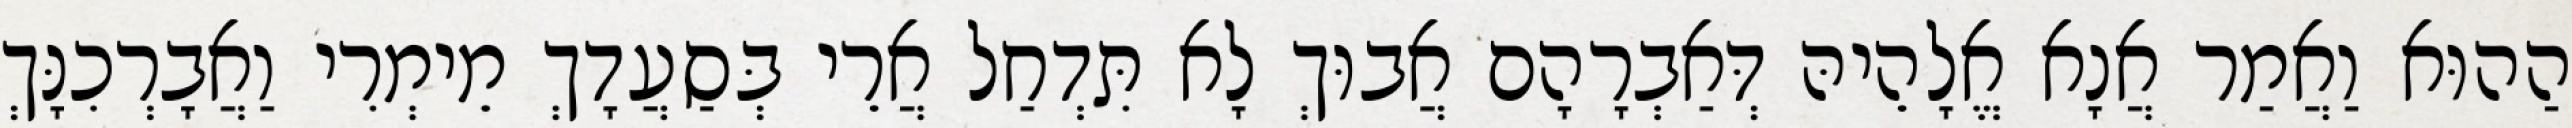
הַהוּא וַאֲמַר אֲנָא אֱלָהֵיהּ דְּאַבְרָהָם אֲבוּךְ לָא תִּדְחַל אֲרֵי בְּסַעֲדָךְ מֵימְרִי וַאֲבָרְכִנָּךְ